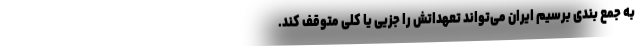
به جمع بندی برسیم ایران می‌تواند تعهداتش را جزیی یا کلی متوقف کند.